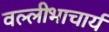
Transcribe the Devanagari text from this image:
वल्लीभाचार्य